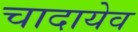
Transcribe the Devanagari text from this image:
चादायेव